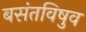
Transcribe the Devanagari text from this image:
बसंतविषुव